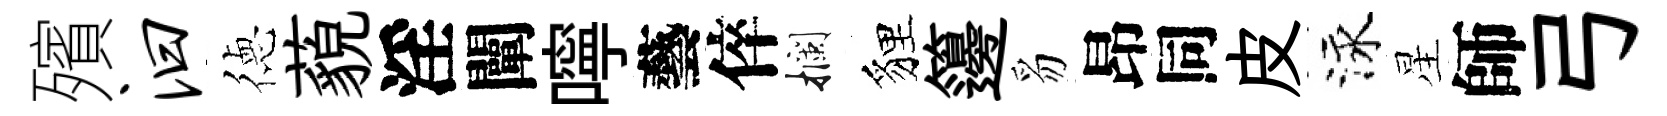
殯汩徳藐淫闡嚀藝倅攔貍籩豸昂同皮泳星師弓